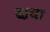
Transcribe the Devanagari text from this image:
ढा़चा